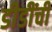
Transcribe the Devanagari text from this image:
डीडींची